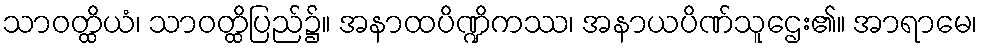
သာဝတ္ထိယံ၊ သာဝတ္ထိပြည်၌။ အနာထပိဏ္ဍိကဿ၊ အနာယပိဏ်သူဌေး၏။ အာရာမေ၊